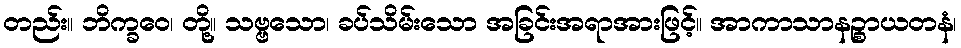
တည်း။ ဘိက္ခဝေ၊ တို့။ သဗ္ဗသော၊ ခပ်သိမ်းသော အခြင်းအရာအားဖြင့်။ အာကာသာနဉ္စာယတနံ၊